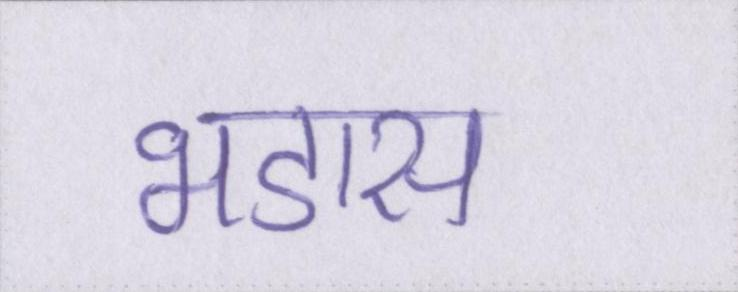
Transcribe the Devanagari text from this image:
भडास